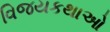
વિજયકથાઓ